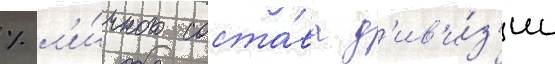
% л'и́чного соста́ва д'ив'и́з'ии